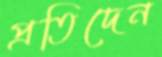
প্রতিদেন